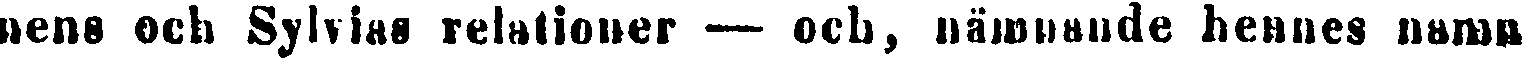
nens och Sylvias relationer — och, nämnande hennes namn